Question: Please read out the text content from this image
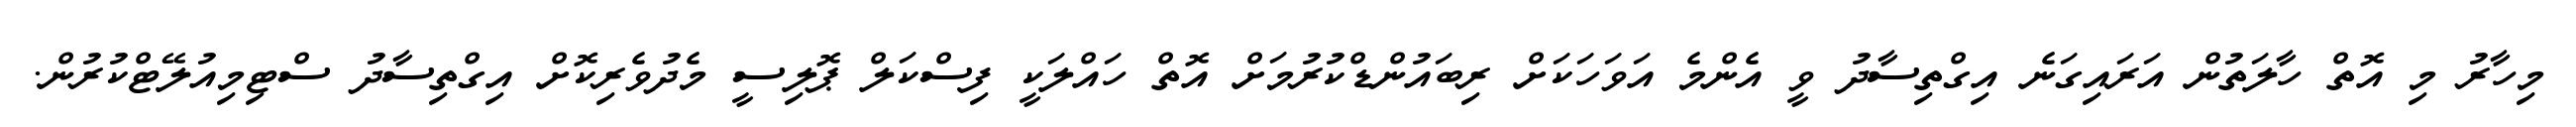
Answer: މިހާރު މި އޮތް ހާލަތުން އަރައިގަނެ އިގްތިސާދު ވީ އެންމެ އަވަހަކަށް ރިބައުންޑްކުރުމަށް އޮތް ހައްލަކީ ފިސްކަލް ޕޮލިސީ މެދުވެރިކޮށް އިގްތިސާދު ސްޓިމިއުލޭޓްކުރުން.